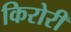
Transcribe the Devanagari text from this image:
किरोरी